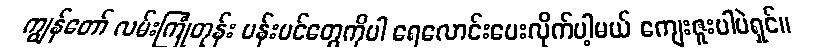
ကျွန်တော် လမ်းကြုံတုန်း ပန်းပင်တွေကိုပါ ရေလောင်းပေးလိုက်ပါ့မယ် ကျေးဇူးပါပဲရှင်။